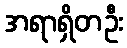
အရာရှိတဦး